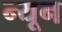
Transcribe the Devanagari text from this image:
न्‍यून